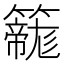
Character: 𮆲